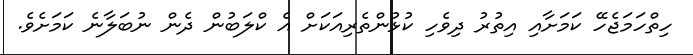
ހިތްހަމަޖެހޭ ކަމަށާއި އިތުރު ދިވެހި ކުޅުންތެރިއަކަށް އެ ކްލަބުން ދެން ނުބަލާނެ ކަމަށެވެ.